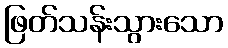
ဖြတ်သန်းသွားသော